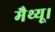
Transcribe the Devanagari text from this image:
मैथ्यू।